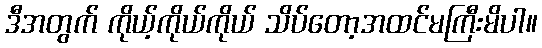
ဒီအတွက် ကိုယ့်ကိုယ်ကိုယ် သိပ်တော့အထင်မကြီးမိပါ။